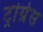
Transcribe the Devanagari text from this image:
ट्रांग्रेस